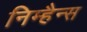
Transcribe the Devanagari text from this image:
निम्हैन्स